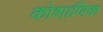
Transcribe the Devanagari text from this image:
कोशाणिक